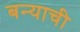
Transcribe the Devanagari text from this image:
बन्याची